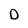
Character: D